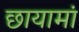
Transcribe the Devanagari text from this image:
छायामां